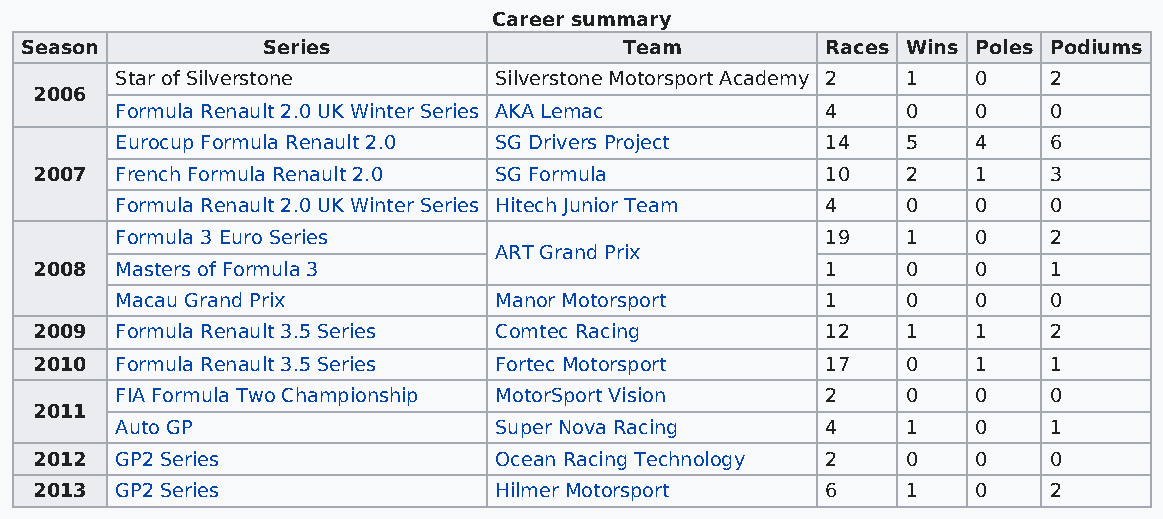
Career summary
 Season          Series                  Team          Races Wins Poles Podiums
 Star of Silverstone      Silverstone Motorsport Academy 2 1 0 2
 2006
 Formula Renault 2.0 UK Winter Series AKA Lemac 4    0    0   0
 Eurocup Formula Renault 2.0 SG Drivers Project 14   5    4   6
 2007  French Formula Renault 2.0 SG Formula          10   2    1   3
 Formula Renault 2.0 UK Winter Series Hitech Junior Team 4 0 0 0
 Formula 3 Euro Series                          19   1    0   2
 ART Grand Prix
 2008  Masters of Formula 3                           1    0    0   1
 Macau Grand Prix         Manor Motorsport      1    0    0   0
 2009  Formula Renault 3.5 Series Comtec Racing       12   1    1   2
 2010  Formula Renault 3.5 Series Fortec Motorsport   17   0    1   1
 FIA Formula Two Championship MotorSport Vision 2    0    0   0
 2011
 Auto GP                  Super Nova Racing     4    1    0   1
 2012  GP2 Series               Ocean Racing Technology 2  0    0   0
 2013  GP2 Series               Hilmer Motorsport     6    1    0   2